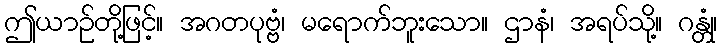
ဤယာဉ်တို့ဖြင့်။ အဂတပုဗ္ဗံ၊ မရောက်ဘူးသော။ ဌာနံ၊ အရပ်သို့။ ဂန္တုံ၊